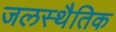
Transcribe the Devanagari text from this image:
जलस्थैतिक